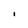
Character: l